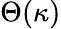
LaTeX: \Theta(\kappa)